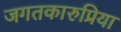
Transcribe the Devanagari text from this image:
जगतकारुप्रिया